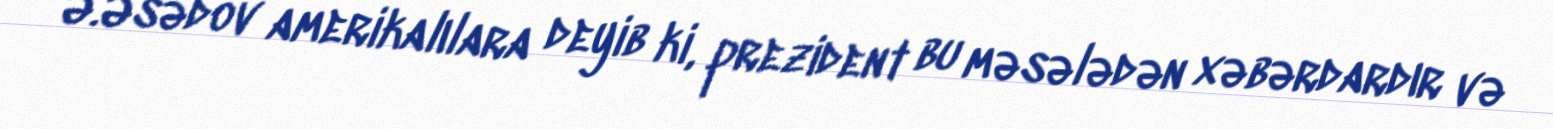
Ə.Əsədov amerikalılara deyib ki, prezident bu məsələdən xəbərdardır və